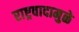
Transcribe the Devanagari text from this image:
राष्ट्रवादामुळे